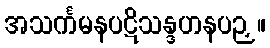
အသင်္ကမနပဋိသန္ဒဟနပဉှ။